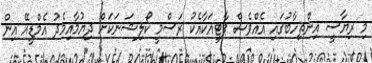
މި ރިޔާސީ އިންތިހާބުގައި އެއްވެސް ޕާޓީއަކާއެކު ރަސްމީ ކޯލިޝަނަކަށް ދިޔުމާއިމެދު އެމްޑީއޭ އިން